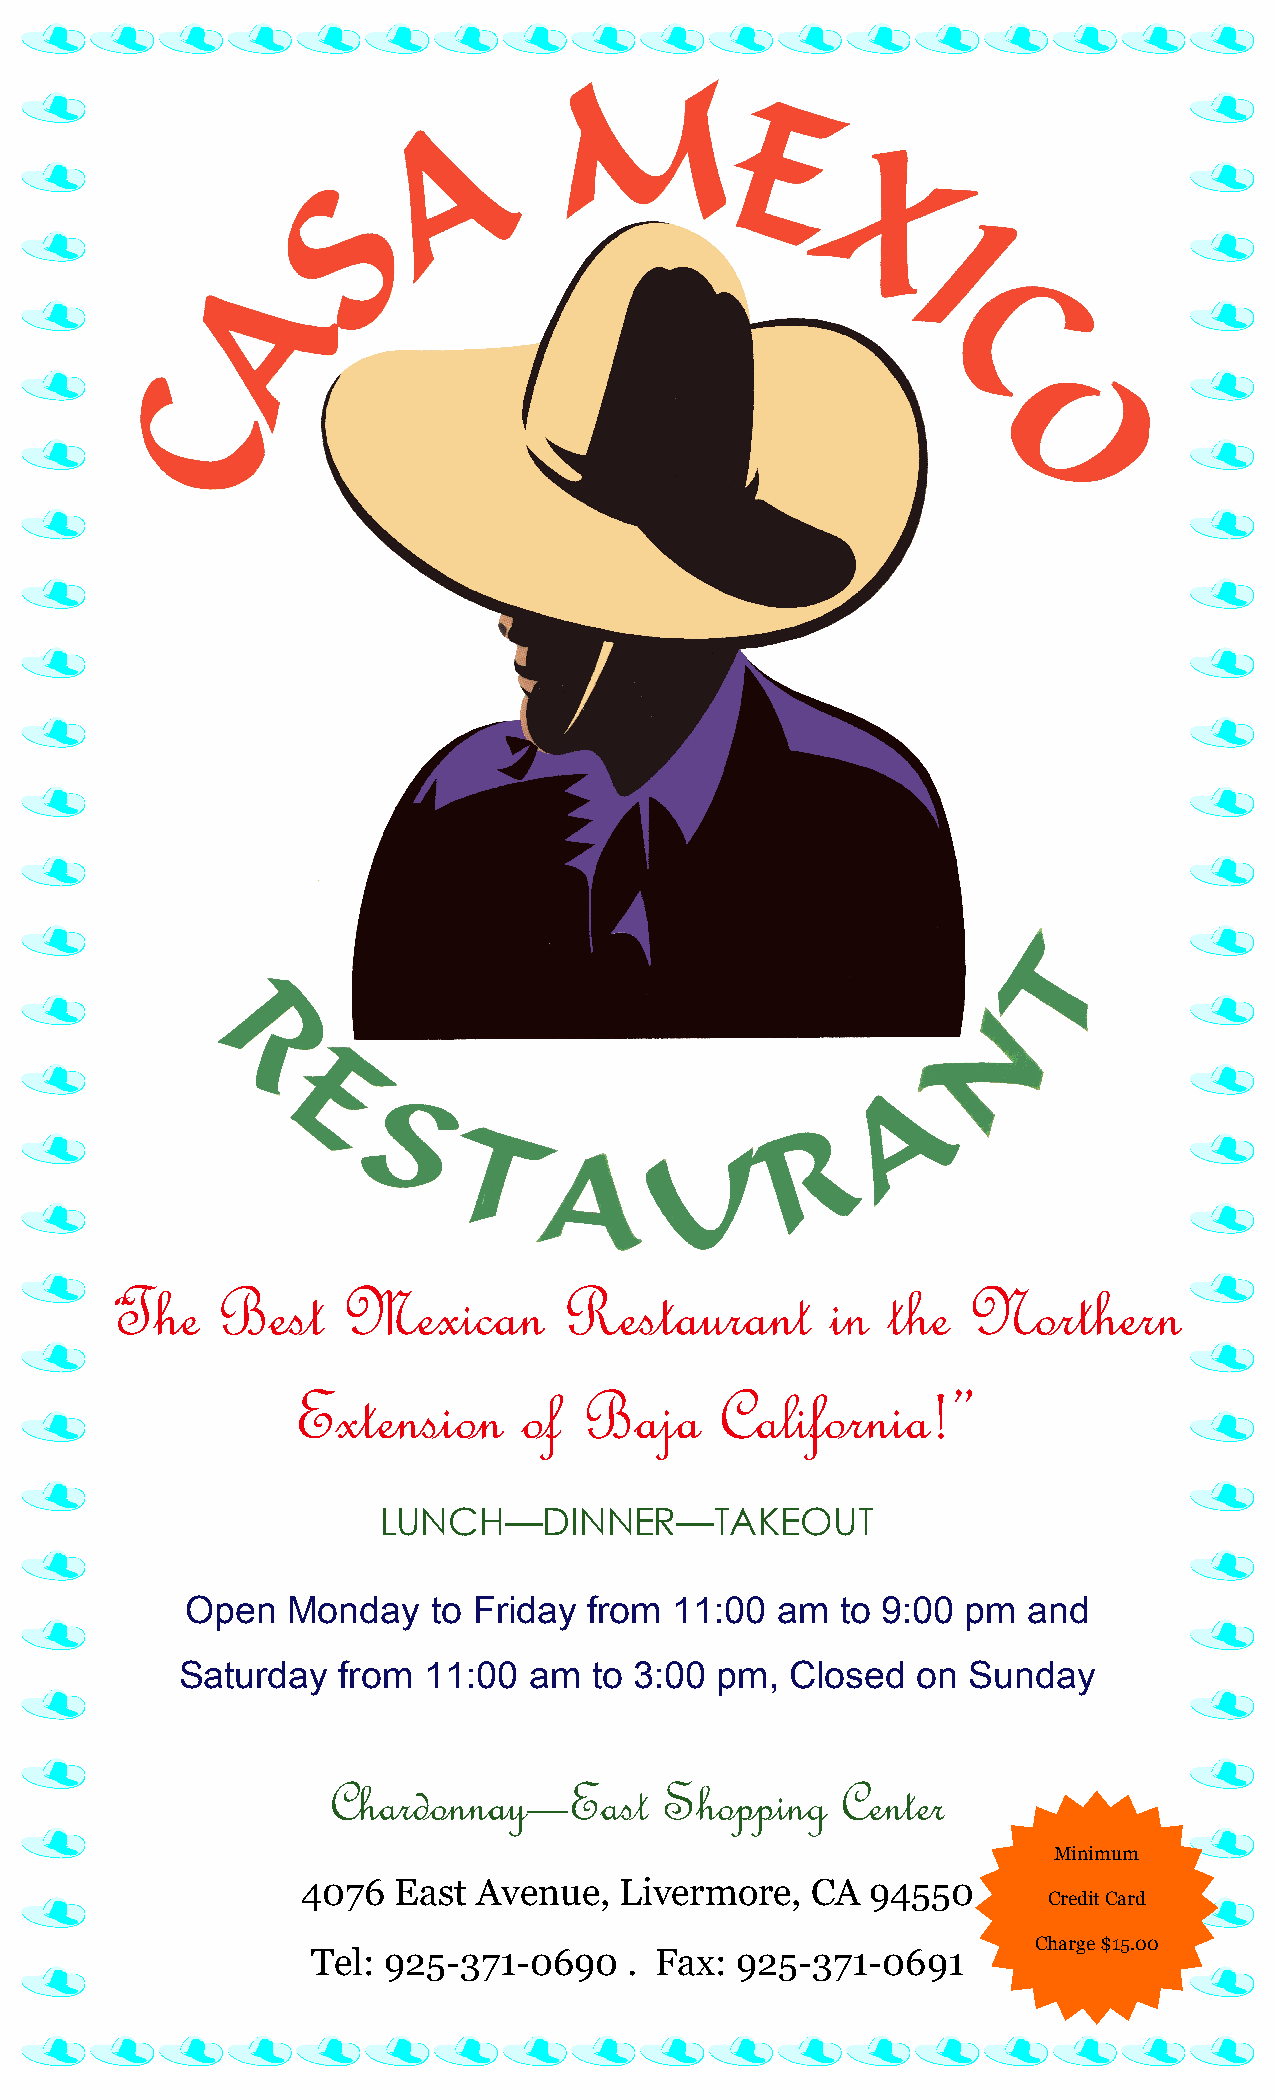
The   Best     Mexican       Restaurant        in  the  Northern
 “
 Extension      of  Baja     California!”
 LUNCH—DINNER—TAKEOUT
 Open   Monday    to Friday from  11:00 am   to 9:00 pm  and
 Saturday  from  11:00  am  to 3:00 pm,  Closed   on Sunday
 Chardonnay—East       Shopping    Center
 Minimum
 4076  East  Avenue,  Livermore,   CA  94550
 Credit Card
 Charge $15.00
 Tel: 925-371-0690    . Fax: 925-371-0691